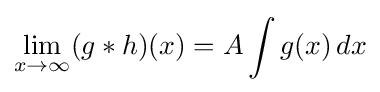
\lim _{x\to \infty }(g*h)(x)=A\int g(x)\,dx